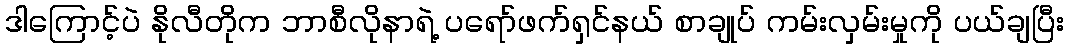
ဒါကြောင့်ပဲ နိုလီတိုက ဘာစီလိုနာရဲ့ ပရော်ဖက်ရှင်နယ် စာချုပ် ကမ်းလှမ်းမှုကို ပယ်ချပြီး